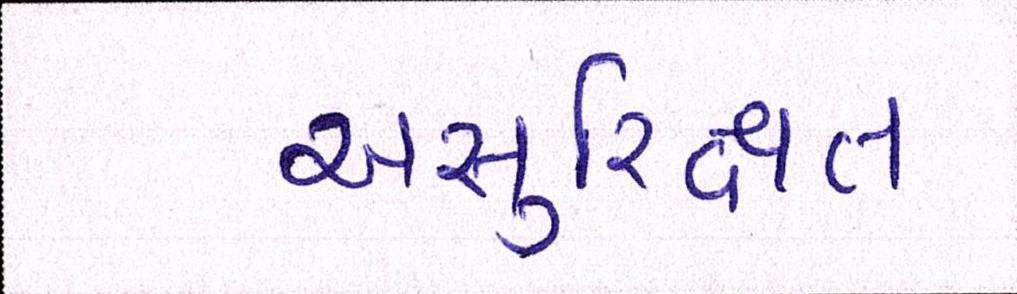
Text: અસુરિક્ષત